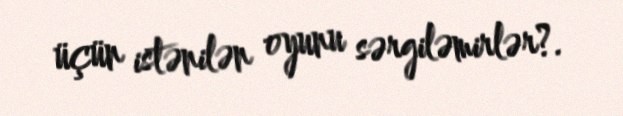
üçün istənilən oyunu sərgiləmirlər?.